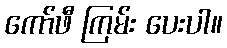
ကော်ဖီ ကြမ်း ပေးပါ။